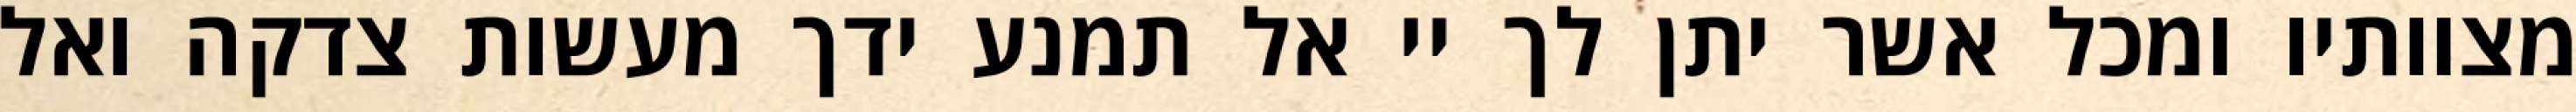
מצוותיו ומכל אשר יתן לך יי אל תמנע ידך מעשות צדקה ואל